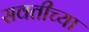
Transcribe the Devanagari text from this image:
सवतीच्या